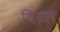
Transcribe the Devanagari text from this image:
बिटल